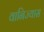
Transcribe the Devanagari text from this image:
वानिज्यास